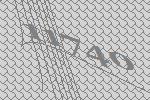
11740